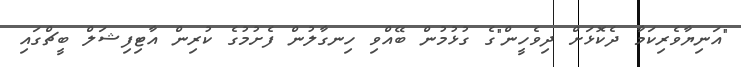
"އަނިޔާވެރިކަމާ ދެކޮޅަށް ދިވެހީން"ގެ ގުޅުމުން ބޭއްވި ހިނގާލުން ފެށުމުގެ ކުރިން އާޓިފިޝަލް ބީޗްގައި